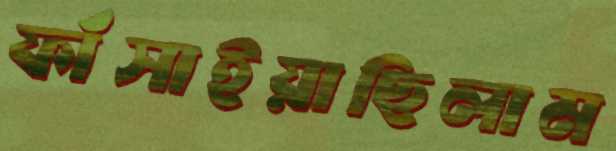
ফাঁসাইয়াছিলাম